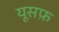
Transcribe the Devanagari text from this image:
यूसफ़